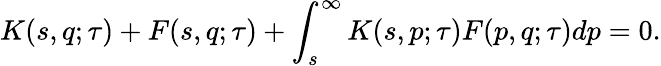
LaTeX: K(s,q;\tau)+F(s,q;\tau)+\int_{s}^{\infty}K(s,p;\tau)F(p,q;\tau)dp=0.